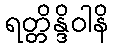
ရတ္တိန္ဒိဝါနိ